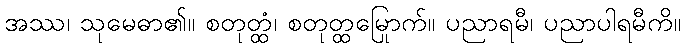
အဿ၊ သုမေဓာ၏။ စတုတ္ထံ၊ စတုတ္ထမြောက်။ ပညာရမီ၊ ပညာပါရမီကို။